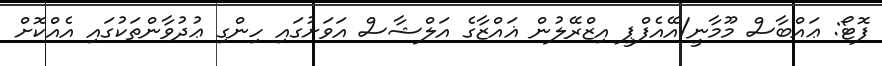
ފޮޓޯ: ޢައްބާސް މޫމާނީ/އޭއެފްޕީ އިޒްރޭލުން ޣައްޒާގެ އަލްޝާސް އަވަށުގައި ހިންގި ޢުދުވާންތަކުގައި އެއްކޮށް